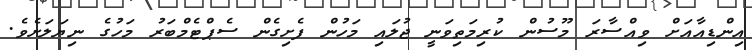
އިންޑިއާއަށް ވިއްސާރަ މޫސުން ކުރިމަތިވަނީ ޖުލައި މަހުން ފެށިގެން ސެޕްޓެމްބަރު މަހުގެ ނިޔަލަށެވެ.